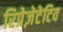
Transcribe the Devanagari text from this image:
रिप्रेज़ेटेटिव